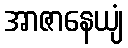
အာဇာနေယျံ